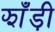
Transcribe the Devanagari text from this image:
झाँड़ी